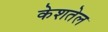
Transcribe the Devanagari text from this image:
केशतेल